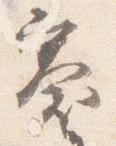
褰